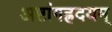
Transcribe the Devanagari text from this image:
अष्टांगह्रदयम्